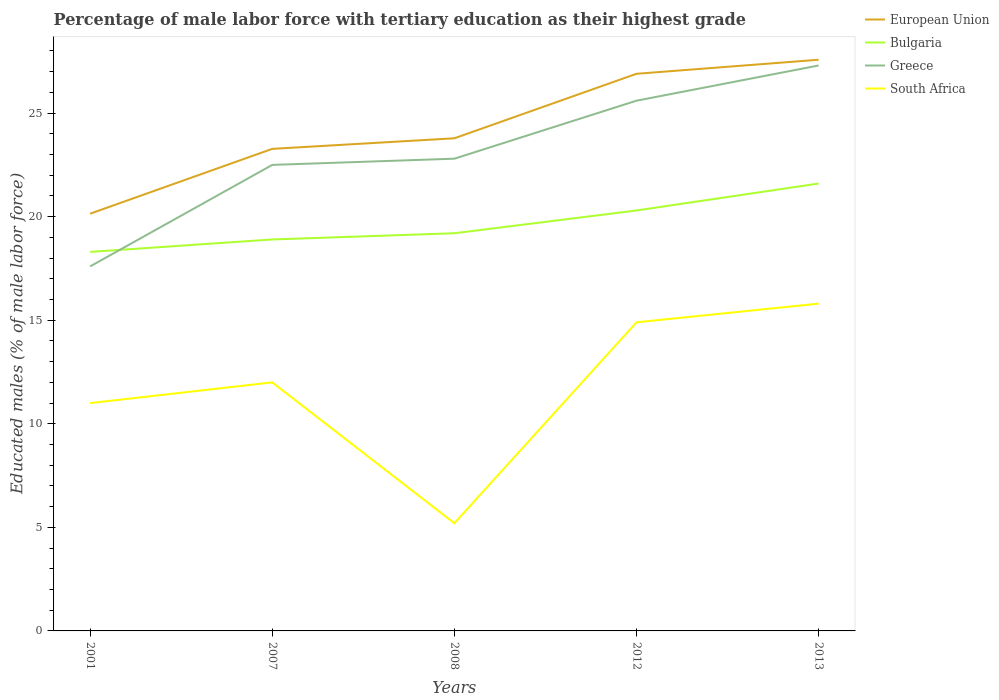
| Years | European Union | Bulgaria | Greece | South Africa |
 | --- | --- | --- | --- | --- |
 | 2001 | 20.1 | 18.3 | 17.6 | 11 |
 | 2007 | 23.3 | 18.9 | 22.5 | 12 |
 | 2008 | 23.8 | 19.2 | 22.8 | 5.2 |
 | 2012 | 26.9 | 20.3 | 25.6 | 14.9 |
 | 2013 | 27.6 | 21.6 | 27.3 | 15.8 |